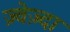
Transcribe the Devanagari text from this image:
ज़्वेज़्दा